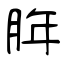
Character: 脌